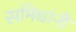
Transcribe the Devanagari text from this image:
समिधांनी